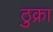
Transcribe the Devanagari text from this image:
ठुक्रा